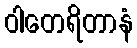
ဝါတေရိတာနံ